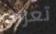
تعرف